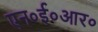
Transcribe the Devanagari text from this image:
एन०ई०आर०